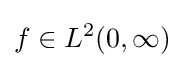
f\in L^{2}(0,\infty )